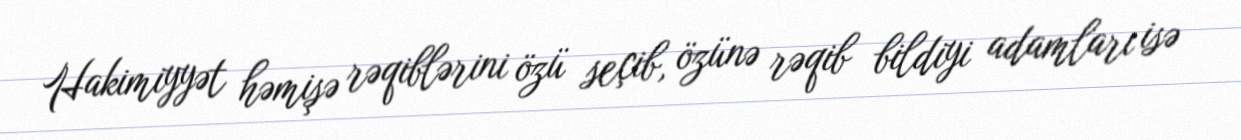
Hakimiyyət həmişə rəqiblərini özü seçib, özünə rəqib bildiyi adamları isə